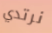
نرتدي